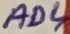
Text: AD4